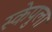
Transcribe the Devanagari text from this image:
स्केपुला